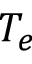
T _ { e }